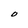
Character: O